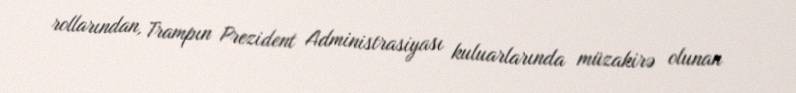
rollarından, Trampın Prezident Administrasiyası kuluarlarında müzakirə olunan